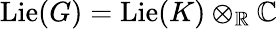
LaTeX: \operatorname{Lie}(G)=\operatorname{Lie}(K)\otimes_{\mathbb{R}}\mathbb{C}